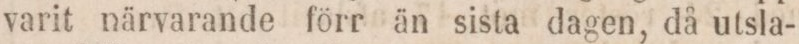
varit närvarande förr än sista dagen, då utsla-